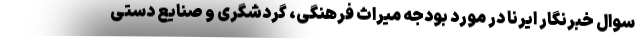
سوال خبرنگار ایرنا در مورد بودجه میراث فرهنگی، گردشگری و صنایع دستی